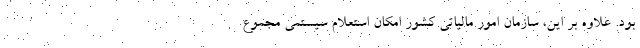
بود. علاوه بر این، سازمان امور مالیاتی کشور امکان استعلام سیستمی مجموع